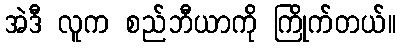
အဲဒီ လူက စည်ဘီယာကို ကြိုက်တယ်။